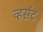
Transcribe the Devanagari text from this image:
व्हर्संट